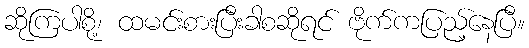
ဆိုကြပါစို့၊ ထမင်းစားပြီးခါစဆိုရင် ဗိုက်ကပြည့်နေပြီ။